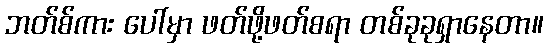
ဘတ်စ်ကား ပေါ်မှာ ဖတ်ဖို့ဖတ်စရာ တစ်ခုခုရှာနေတာ။